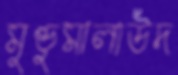
মুণ্ডুমালাউদ